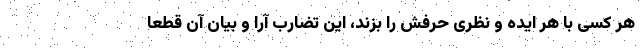
هر کسی با هر ایده و نظری حرفش را بزند، این تضارب آرا و بیان آن قطعا